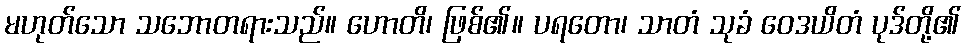
မဟုတ်သော သဘောတရားသည်။ ဟောတိ၊ ဖြစ်၏။ ပရတော၊ သာတံ သုခံ ဝေဒယိတံ ပုဒ်တို့၏